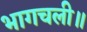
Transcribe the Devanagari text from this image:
भागचली॥